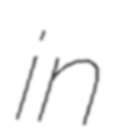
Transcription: in